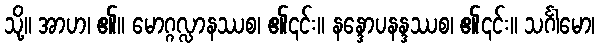
သို့။ အာဟ၊ ၏။ မောဂ္ဂလ္လာနဿစ၊ ၏၎င်း။ နန္ဒောပနန္ဒဿစ၊ ၏၎င်း။ သင်္ဂါမော၊